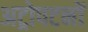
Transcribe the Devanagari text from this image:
अट्रोपटनों